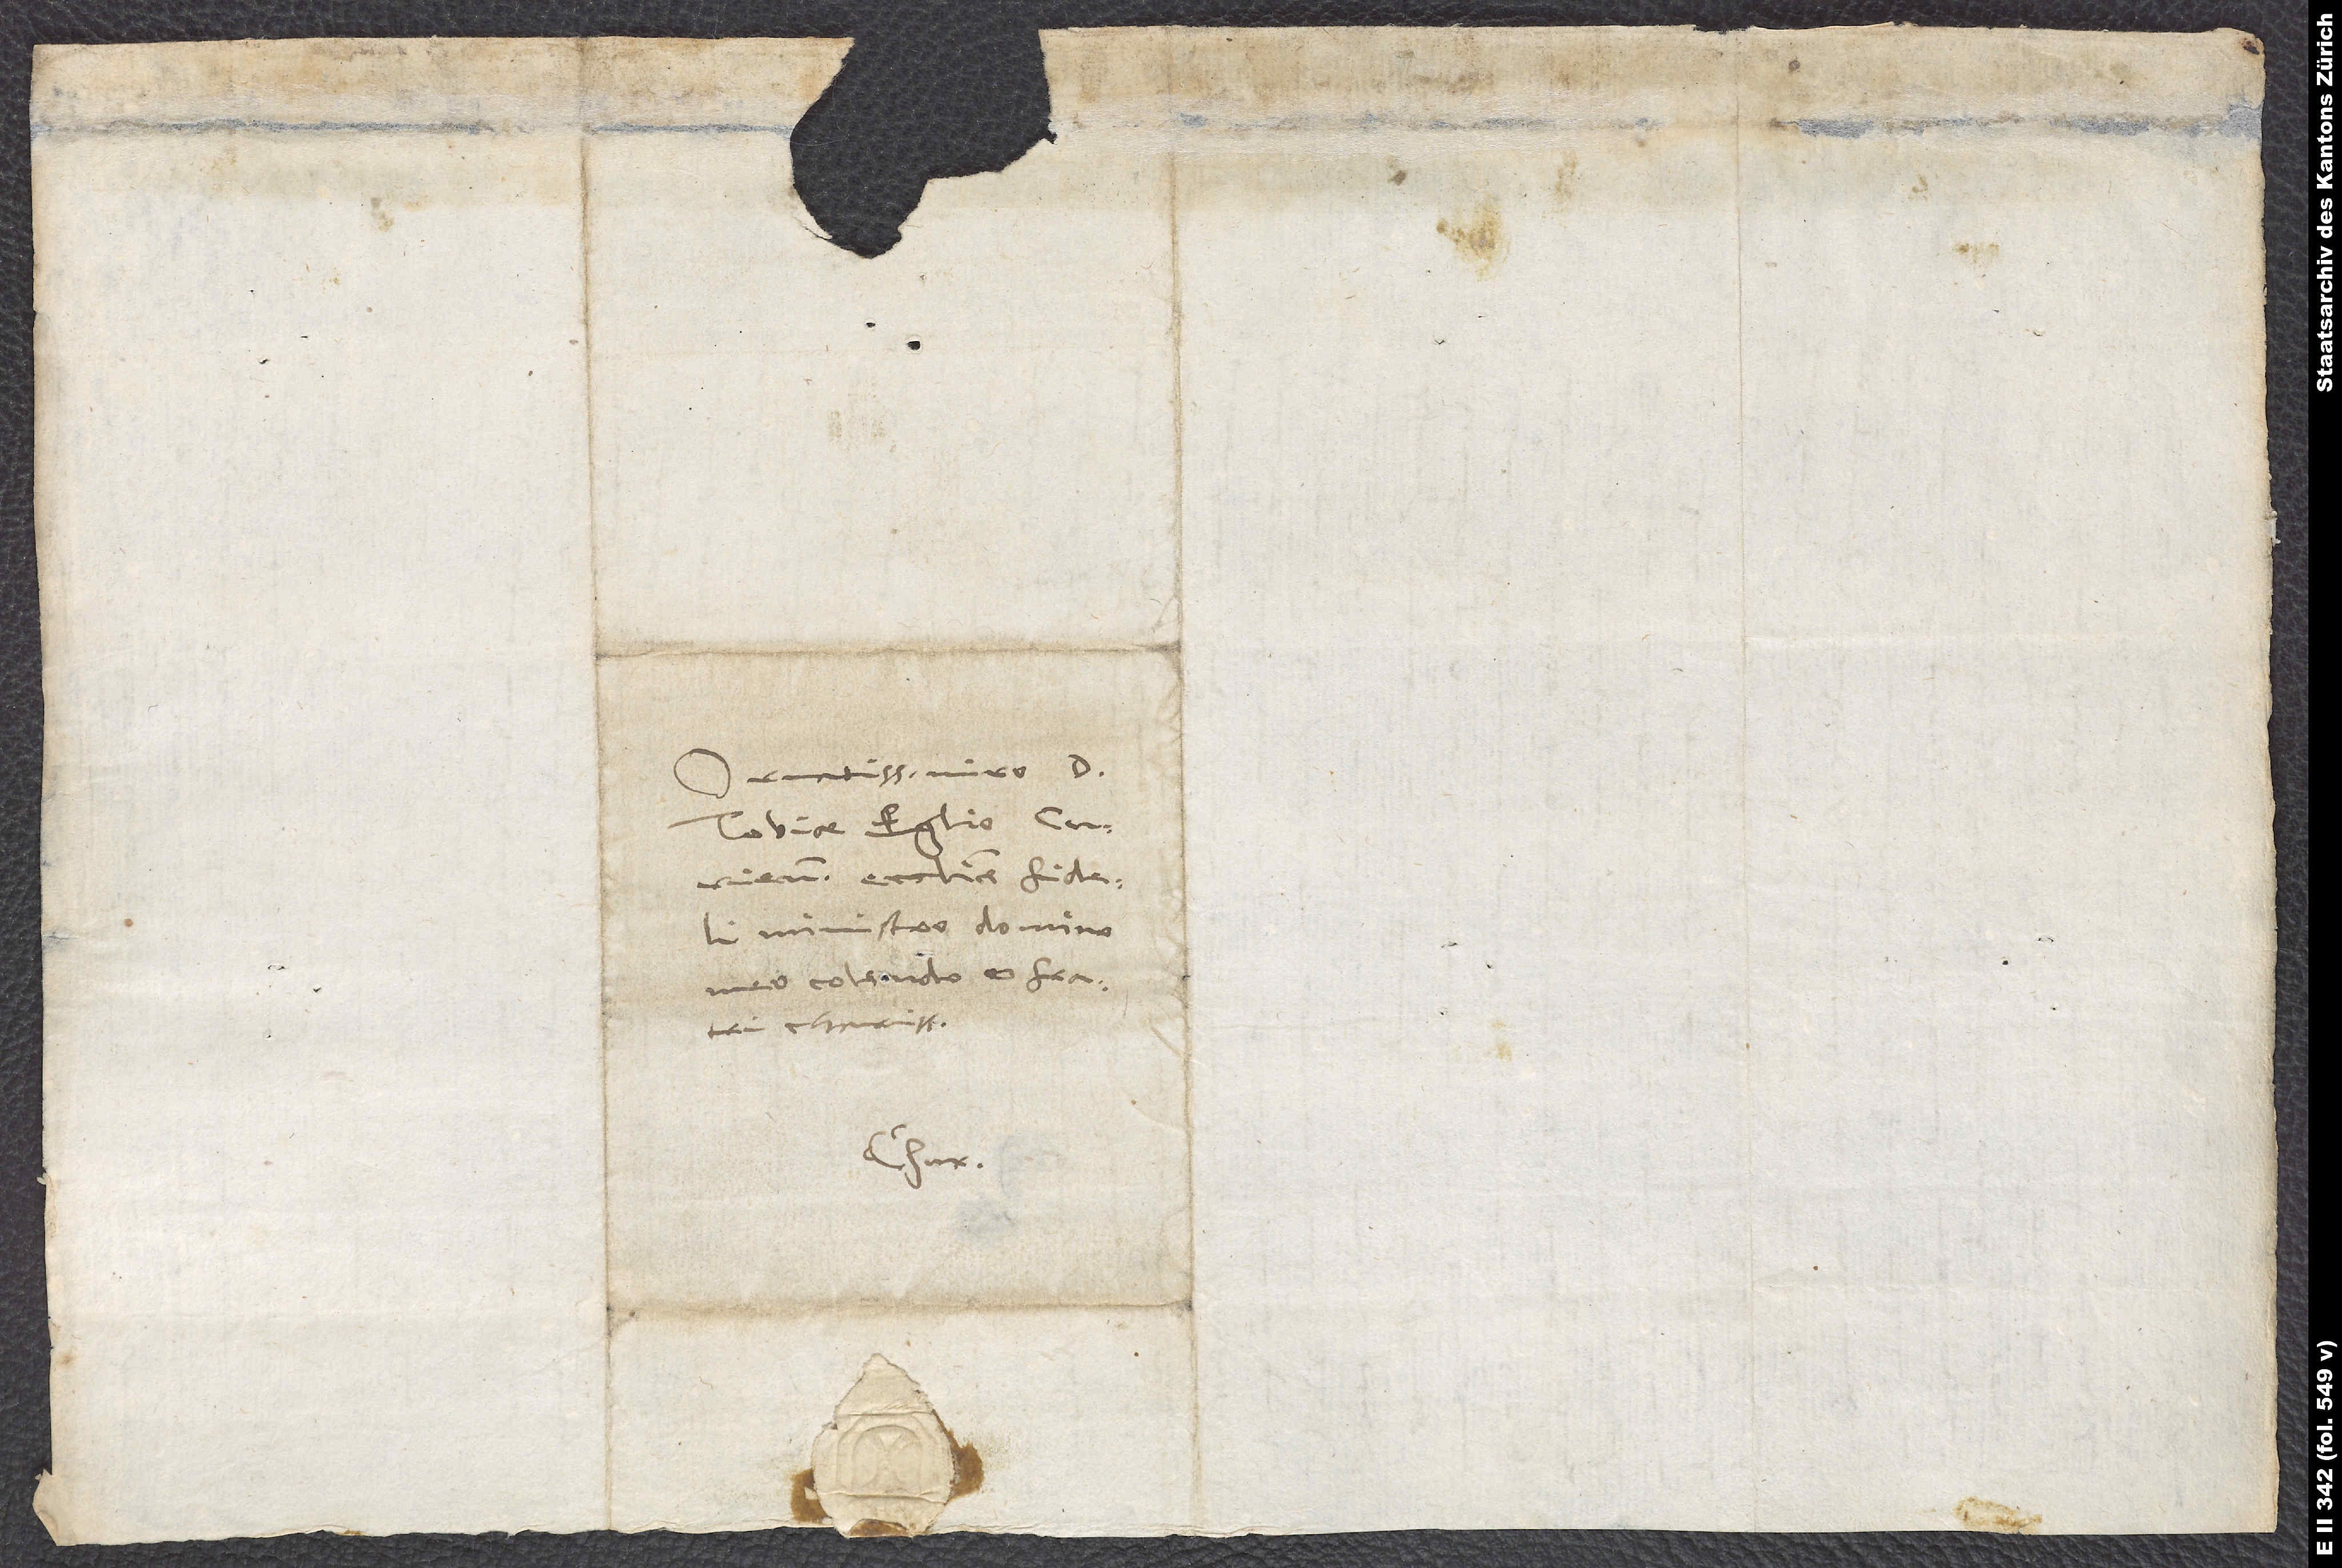
Ornatissimo viro d.
Tobiae Eglio, Curiensis
ecclesiae fideli
ministro, domino
meo colendo et fratri
Chur.